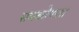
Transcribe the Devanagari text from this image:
समकोणता